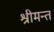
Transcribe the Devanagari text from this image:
श्रीमन्त